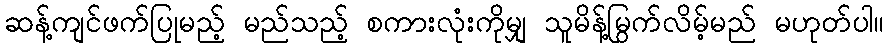
ဆန့်ကျင်ဖက်ပြုမည့် မည်သည့် စကားလုံးကိုမျှ သူမိန့်မြွက်လိမ့်မည် မဟုတ်ပါ။